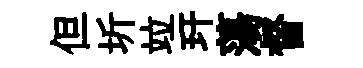
但圻竝玕蕩督